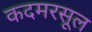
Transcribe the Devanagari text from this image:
कदमरसूल